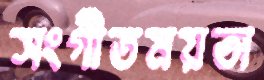
সংগীতময়তা